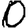
Digit: 0